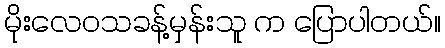
မိုးလေဝသခန့်မှန်းသူ က ပြောပါတယ်။